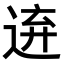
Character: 𨓋